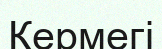
Кермегі